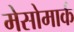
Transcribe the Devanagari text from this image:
मेसोमार्क